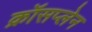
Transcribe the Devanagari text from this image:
क्रॉसप्लेन